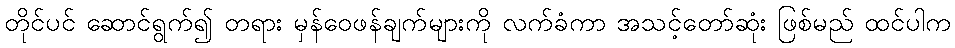
တိုင်ပင် ဆောင်ရွက်၍ တရား မှန်ဝေဖန်ချက်များကို လက်ခံကာ အသင့်တော်ဆုံး ဖြစ်မည် ထင်ပါက